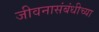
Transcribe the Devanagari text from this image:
जीवनासंबंधीच्या